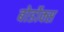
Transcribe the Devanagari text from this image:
बोर्डोक्स